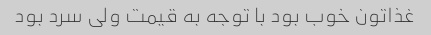
غذاتون خوب بود با توجه به قیمت ولی سرد بود